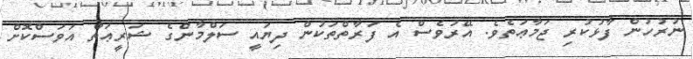
ނުރުހުން ފާޅުކުރި ޖަމާޢަތެވެ. އޭރުވެސް އެ ފަރާތްތަކުން ދިޔައީ ސަލްމާންގެ ޝަރީޢަތް އަވަސްކޮށް